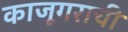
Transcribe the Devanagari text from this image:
काजूगराची